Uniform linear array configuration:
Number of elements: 16
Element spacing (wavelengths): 0.25
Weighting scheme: blackman
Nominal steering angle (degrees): -15
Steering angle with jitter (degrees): -14.702
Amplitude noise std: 0.05
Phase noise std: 0.05

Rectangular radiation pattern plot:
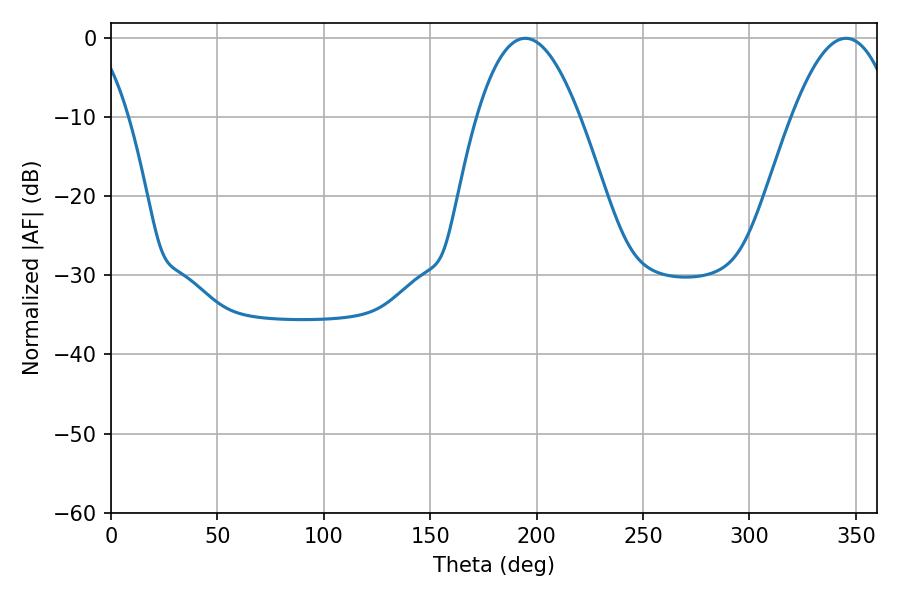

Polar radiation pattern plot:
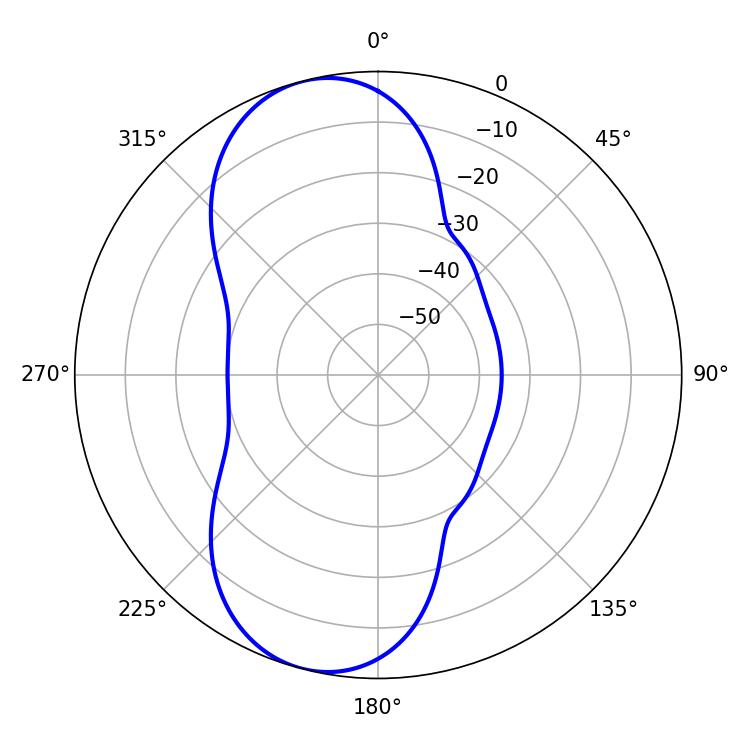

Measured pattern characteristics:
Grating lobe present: FALSE
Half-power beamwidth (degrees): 26.46
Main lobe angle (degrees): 194.58